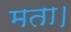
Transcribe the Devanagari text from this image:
मता।